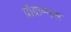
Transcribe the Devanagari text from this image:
प्रोग्राम्मस